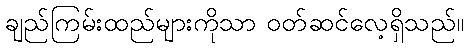
ချည်ကြမ်းထည်များကိုသာ ဝတ်ဆင်လေ့ရှိသည်။